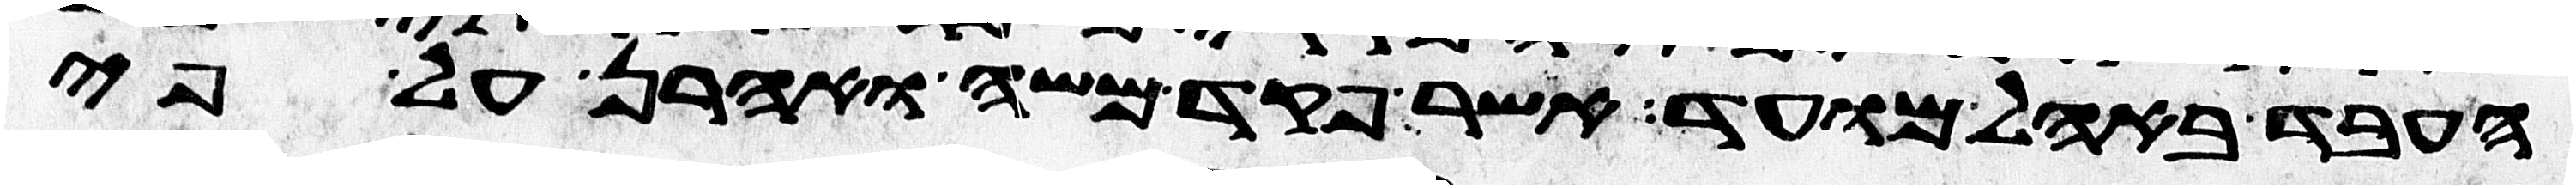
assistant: העבד באהל מועד אשר פקד משה ואהרן על פי